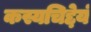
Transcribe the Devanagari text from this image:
कस्यचिद्देयं